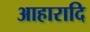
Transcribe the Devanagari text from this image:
आहारादि